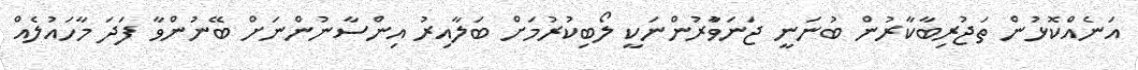
އަނެއްކޮޅުން ތަޖުރިބާކާރުން ބުނަނީ ޖަނަވާުރުންނަކީ ލޯބިކުރުމަށް ބަލާއިރު އިންސާނުންނަށް ބޭނުންވާ ފަދަ މާހައުލެއް